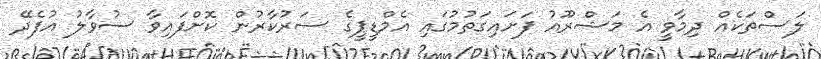
ލަސްތަކެއް ދިމާވީ އެ މަޝްރޫއު ފަށައިގަތުމުގައި އެމްޑީޕީގެ ސަރުކާރުން ކޮށްފައިވާ ސުވާލު އުފެދޭ